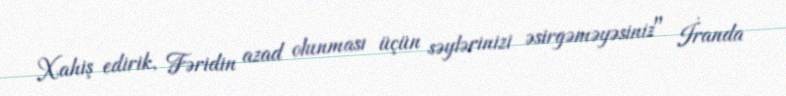
Xahiş edirik, Fəridin azad olunması üçün səylərinizi əsirgəməyəsiniz" İranda